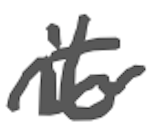
Text: it
Cross-out: wave
Writing tool: digital_gray